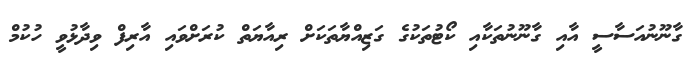
ގާނޫނުއަސާސީ އާއި ގާނޫނުތަކާއި ކޯޓުތަކުގެ ގަޒިއްޔާތަކަށް ރިއާޔަތް ކުރަށްވައި އާރިފް ވިދާޅުވީ ހުކުމް